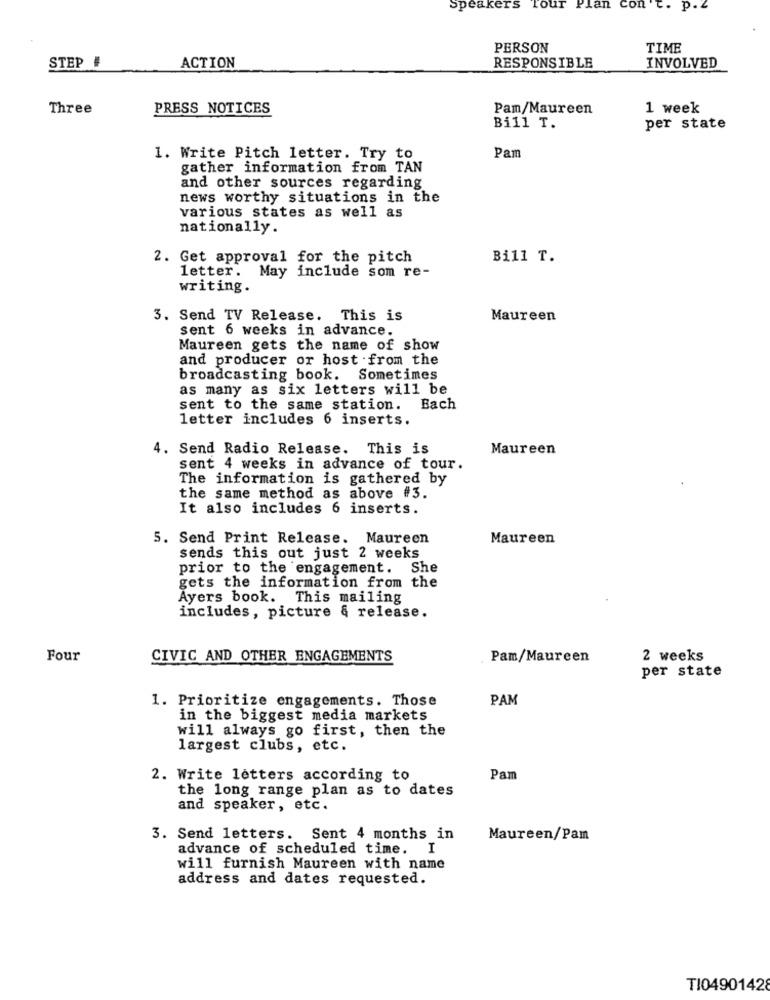
Speakers
Tour Plan con
C. p. "
PERSON
TIME
STEP #
ACTION
RESPONSIBLE
INVOLVED
Three
PRESS NOTICES
Pam/Maureen
1 week
Bill T.
per state
Pam
1. Write Pitch letter. Try to
gather information from TAN
and other sources regarding
news worthy situations in the
various states as well as
nationally.
2. Get approval for the pitch
Bill T.
letter. May include som re-
writing.
3. Send TV Release. This is
Maureen
sent 6 weeks in advance.
Maureen gets the name of show
and producer or host .from the
broadcasting book. Sometimes
as many as six letters will be
sent to the same station. Each
letter includes 6 inserts.
4. Send Radio Release. This is
Maureen
sent 4 weeks in advance of tour.
The information is gathered by
the same method as above #3.
It also includes 6 inserts.
5. Send Print Release. Maureen
Maureen
sends this out just 2 weeks
prior to the engagement. She
gets the information from the
Ayers book. This mailing
includes, picture & release.
Four
CIVIC AND OTHER ENGAGEMENTS
Pam/Maureen
2 weeks
per state
1. Prioritize engagements. Those
PAM
in the biggest media markets
will always go first, then the
largest clubs, etc.
2. Write letters according to
Pam
the long range plan as to dates
and speaker, etc.
3. Send letters. Sent 4 months in
Maureen/Pam
advance of scheduled time.
I
will furnish Maureen with name
address and dates requested.
TI04901428